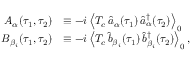
\begin{array} { r l } { A _ { \alpha } ( \tau _ { 1 } , \tau _ { 2 } ) } & { \equiv - i \left\langle T _ { c } \, \hat { a } _ { \alpha } ( \tau _ { 1 } ) \, \hat { a } _ { \alpha } ^ { \dagger } ( \tau _ { 2 } ) \right\rangle _ { 0 } } \\ { B _ { \beta _ { i } } ( \tau _ { 1 } , \tau _ { 2 } ) } & { \equiv - i \left\langle T _ { c } \, \hat { b } _ { \beta _ { i } } ( \tau _ { 1 } ) \, \hat { b } _ { \beta _ { i } } ^ { \dagger } ( \tau _ { 2 } ) \right\rangle _ { 0 } , } \end{array}